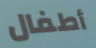
أطفال